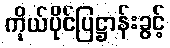
ကိုယ်ပိုင်ပြဋ္ဌာန်းခွင့်